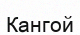
Кангой